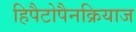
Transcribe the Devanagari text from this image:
हिपैटोपैनक्रियाज